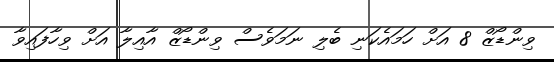
ވިންޑޯޒް 8 އަށް ހަމައެކަނި ބެލި ނަމަވެސް ވިންޑޯޒް އާއިލާ އަށް ވިހާފައިވާ